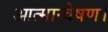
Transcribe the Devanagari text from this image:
आत्मान्वेषण।